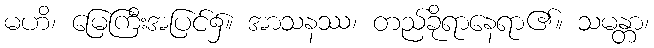
မဟိ၊ မြေကြီးအပြင်၌။ အာသနဿ၊ တည်ခိုရာနေရာ၏။ သမန္တာ၊